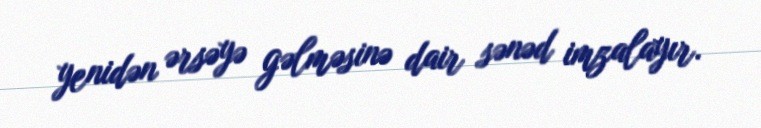
yenidən ərsəyə gəlməsinə dair sənəd imzalayır.